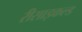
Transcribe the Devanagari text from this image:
रीसाइकल्ड